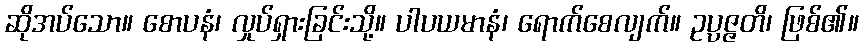
ဆိုအပ်သော။ စောပနံ၊ လှုပ်ရှားခြင်းသို့။ ပါပယမာနံ၊ ရောက်စေလျက်။ ဥပ္ပဇ္ဇတိ၊ ဖြစ်၏။